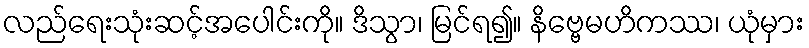
လည်ရေးသုံးဆင့်အပေါင်းကို။ ဒိသွာ၊ မြင်ရ၍။ နိဗ္ဗေမဟိကဿ၊ ယုံမှား